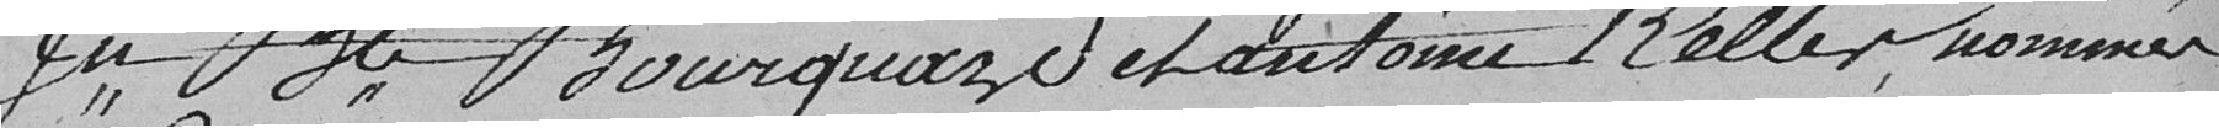
Jean-Baptiste Bourquard et antoine Keller , nommés